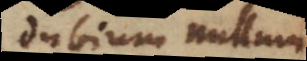
dubium nullum